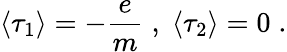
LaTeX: \langle\tau_{1}\rangle=-\frac{e}{m}\; ,\; \langle\tau_{2}\rangle=0\; .